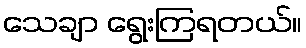
သေချာ ရွေးကြရတယ်။